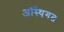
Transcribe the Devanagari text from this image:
अस्थिगत